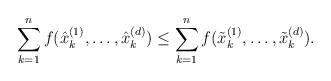
LaTeX: \begin{align*} \sum_{k=1}^nf(\hat{x}^{(1)}_k,\dots,\hat{x}^{(d)}_k)\leq\sum_{k=1}^nf(\tilde{x}^{(1)}_k,\dots,\tilde{x}^{(d)}_k).\end{align*}